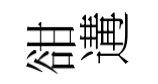
𧮳遘